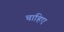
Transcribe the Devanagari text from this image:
चाहिए